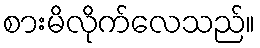
စားမိလိုက်လေသည်။